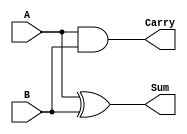
module halfadder (A,B,Carry,Sum);
	input A,B;
	output Carry, Sum;

	assign Carry = A & B;
	assign Sum = A ^ B;
	
endmodule